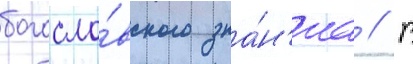
богосло́вского зна́н'иа // В